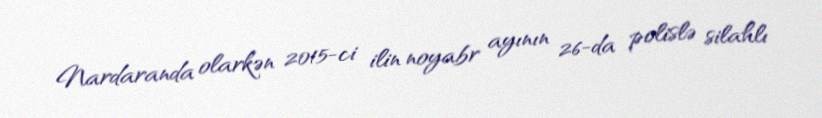
Nardaranda olarkən 2015-ci ilin noyabr ayının 26-da polislə silahlı